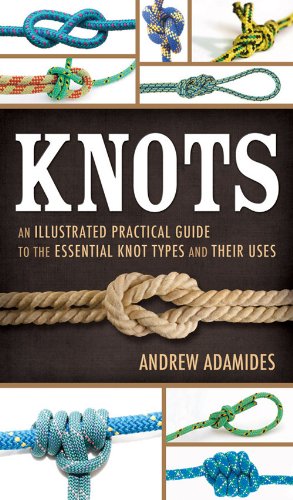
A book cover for Knots: An Illustrated Practical Guide to the Essential Knot Types and Their Uses; Andrew Adamides; Crafts, Hobbies & Home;